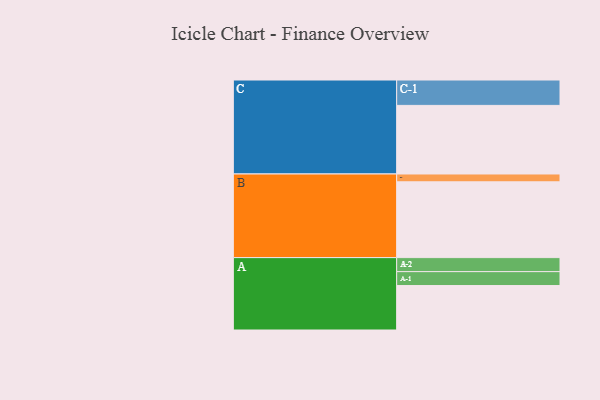
{"axis": {"x": "Segment", "y": "Value"}, "legend": ["", "A", "B", "C"], "data": [{"x": "A", "y": 352, "type": ""}, {"x": "B", "y": 600, "type": ""}, {"x": "C", "y": 543, "type": ""}, {"x": "A-1", "y": 110, "type": "A"}, {"x": "A-2", "y": 111, "type": "A"}, {"x": "B-1", "y": 62, "type": "B"}, {"x": "C-1", "y": 201, "type": "C"}]}